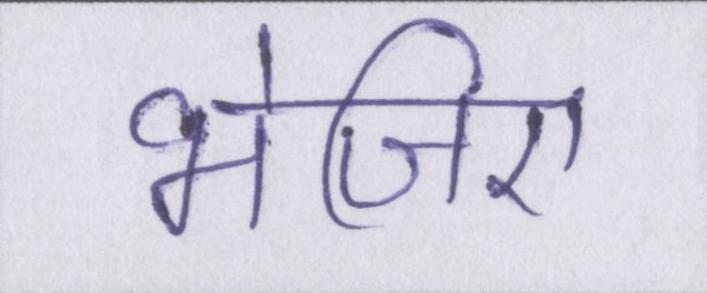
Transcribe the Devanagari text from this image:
भेजिए